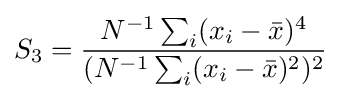
S_{3}={\frac {N^{-1}\sum _{i}(x_{i}-{\bar {x}})^{4}}{(N^{-1}\sum _{i}(x_{i}-{\bar {x}})^{2})^{2}}}